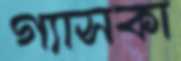
গ্যাসকা